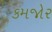
કમજોર